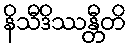
နိသီဒိဿန္တီတိ